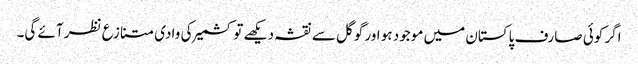
اگر کوئی صارف پاکستان میں موجود ہو اور گوگل سے نقشہ دیکھے تو کشمیر کی وادی متنازع نظر آئے گی۔